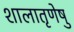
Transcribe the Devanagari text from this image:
शालातृणेषु